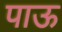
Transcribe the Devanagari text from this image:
पाऊ